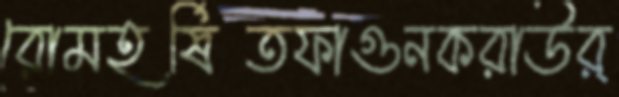
রোমহর্ষিতফাগুনকরাউর্